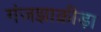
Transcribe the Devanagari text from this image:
गंजझाक्रीड़ा